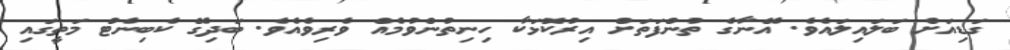
ގަޑިއަށް ބަލައިލައެވެ. އޭނާގެ ތުންފަތަށް އިރުކޮޅަކާ ހިނިތުންވުމެއް ވެރިވެއެވެ. ބަދިގޭ ކެބިނެޓް މަތީގައި